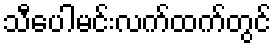
သီပေါမင်းလက်ထက်တွင်